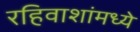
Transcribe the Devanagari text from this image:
रहिवाशांमध्ये